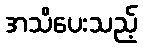
အသိပေးသည့်